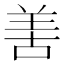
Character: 𠵊